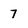
Character: 7